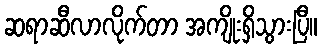
ဆရာဆီလာလိုက်တာ အကျိုးရှိသွားပြီ။